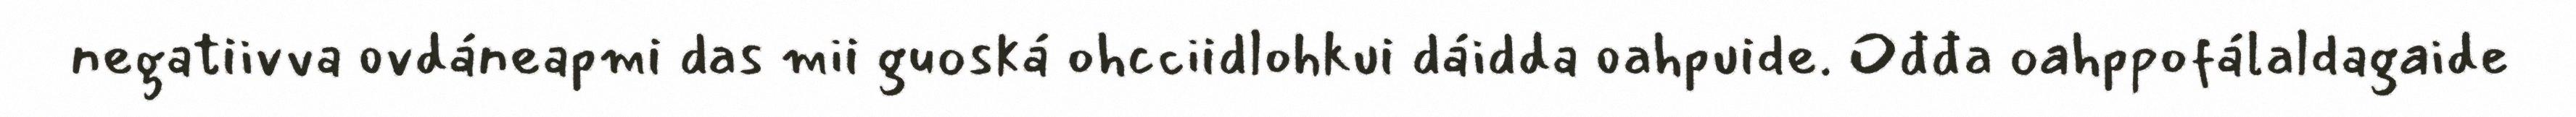
negatiivva ovdáneapmi das mii guoská ohcciidlohkui dáidda oahpuide. Ođđa oahppofálaldagaide